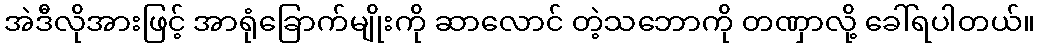
အဲဒီလိုအားဖြင့် အာရုံခြောက်မျိုးကို ဆာလောင် တဲ့သဘောကို တဏှာလို့ ခေါ်ရပါတယ်။